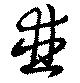
並